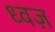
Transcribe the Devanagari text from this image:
ध्वज़